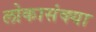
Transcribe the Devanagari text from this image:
लोकासंक्या